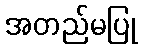
အတည်မပြု